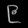
Digit: ၉